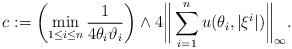
LaTeX: \begin{align*} c:=\left(\min_{1\leq i\leq n}\frac{1}{4\theta_i\vartheta_i}\right)\wedge4\bigg\|\sum_{i=1}^{n}u(\theta_i,|\xi^i|)\bigg\|_\infty. \end{align*}